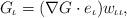
LaTeX: \begin{align*}G_{\iota}=(\nabla G\cdot e_{\iota})w_{\iota\iota},\end{align*}